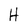
Character: H